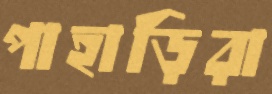
পাহাড়িরা